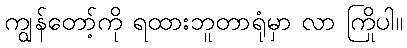
ကျွန်တော့်ကို ရထားဘူတာရုံမှာ လာ ကြိုပါ။